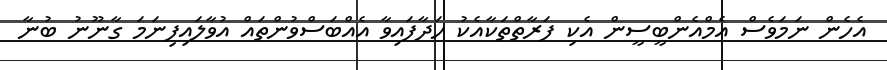
އެހެން ނަމަވެސް އެމްއެންބީސީން އެކި ފަރާތްތަކާއެކު ހަދާފައިވާ އެއްބަސްވުންތައް އުވާލައިފިނަމަ ގާނޫނު ބުނާ